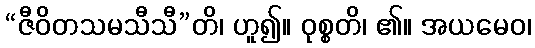
“ဇီဝိတသမသီသီ”တိ၊ ဟူ၍။ ဝုစ္စတိ၊ ၏။ အယမေဝ၊